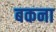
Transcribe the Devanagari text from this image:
बकना